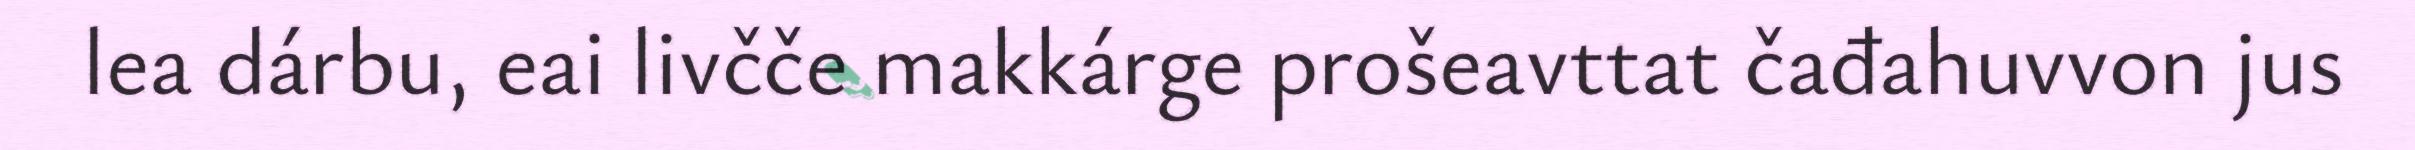
lea dárbu, eai livčče makkárge prošeavttat čađahuvvon jus